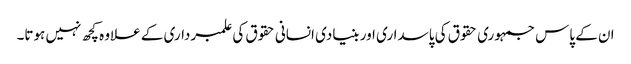
ان کے پاس جمہوری حقوق کی پاسداری اور بنیادی انسانی حقوق کی علمبرداری کے علاوہ کچھ نہیں ہوتا۔